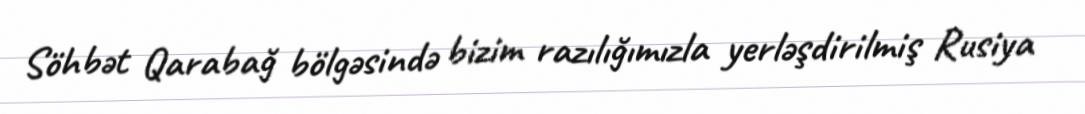
Söhbət Qarabağ bölgəsində bizim razılığımızla yerləşdirilmiş Rusiya